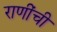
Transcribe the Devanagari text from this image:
राणींची